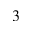
^ 3